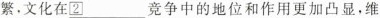
繁，文化在\underline{\boxed{2}}竞争中的地位和作用更加凸显，维